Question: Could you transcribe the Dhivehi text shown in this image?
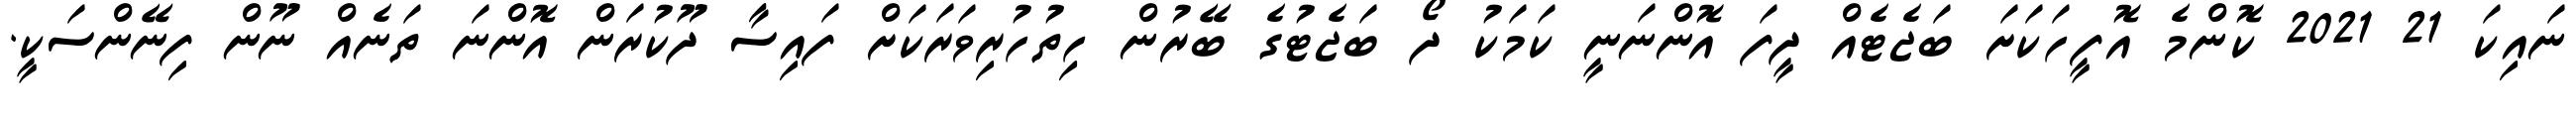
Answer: ނައިކަ 21 2021 ކޮންމެ އޮފީހަކަށަ ބަޖެޓެއް ދީފަ އޮންނަނީ ކަމަކު ދޯ ބަޖެޓުގެ ބޭރުން ހިތުހުރިވަރަކަށް ފައިސާ ދޫކުރަން އޮންނަ ތަނެއް ނޫން ފިނޭންސަކީ.